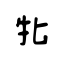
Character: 牝